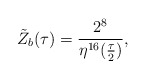
\begin{align*}{\tilde Z}_b(\tau)=\frac{2^8}{\eta^{16}(\frac{\tau}{2})},\end{align*}